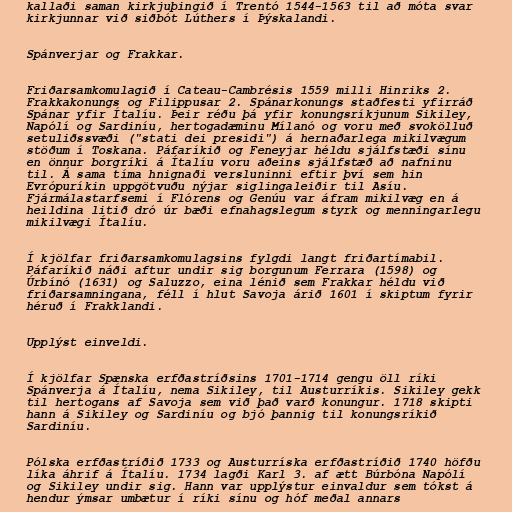
kallaði saman kirkjuþingið í Trentó 1544-1563 til að móta svar
kirkjunnar við siðbót Lúthers í Þýskalandi.

Spánverjar og Frakkar.

Friðarsamkomulagið í Cateau-Cambrésis 1559 milli Hinriks 2.
Frakkakonungs og Filippusar 2. Spánarkonungs staðfesti yfirráð
Spánar yfir Ítalíu. Þeir réðu þá yfir konungsríkjunum Sikiley,
Napólí og Sardiníu, hertogadæminu Mílanó og voru með svokölluð
setuliðssvæði ("stati dei presidi") á hernaðarlega mikilvægum
stöðum í Toskana. Páfaríkið og Feneyjar héldu sjálfstæði sínu
en önnur borgríki á Ítalíu voru aðeins sjálfstæð að nafninu
til. Á sama tíma hnignaði versluninni eftir því sem hin
Evrópuríkin uppgötvuðu nýjar siglingaleiðir til Asíu.
Fjármálastarfsemi í Flórens og Genúu var áfram mikilvæg en á
heildina litið dró úr bæði efnahagslegum styrk og menningarlegu
mikilvægi Ítalíu.

Í kjölfar friðarsamkomulagsins fylgdi langt friðartímabil.
Páfaríkið náði aftur undir sig borgunum Ferrara (1598) og
Úrbínó (1631) og Saluzzo, eina lénið sem Frakkar héldu við
friðarsamningana, féll í hlut Savoja árið 1601 í skiptum fyrir
héruð í Frakklandi.

Upplýst einveldi.

Í kjölfar Spænska erfðastríðsins 1701-1714 gengu öll ríki
Spánverja á Ítalíu, nema Sikiley, til Austurríkis. Sikiley gekk
til hertogans af Savoja sem við það varð konungur. 1718 skipti
hann á Sikiley og Sardiníu og bjó þannig til konungsríkið
Sardiníu.

Pólska erfðastríðið 1733 og Austurríska erfðastríðið 1740 höfðu
líka áhrif á Ítalíu. 1734 lagði Karl 3. af ætt Búrbóna Napólí
og Sikiley undir sig. Hann var upplýstur einvaldur sem tókst á
hendur ýmsar umbætur í ríki sínu og hóf meðal annars